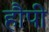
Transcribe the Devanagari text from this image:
हौपी